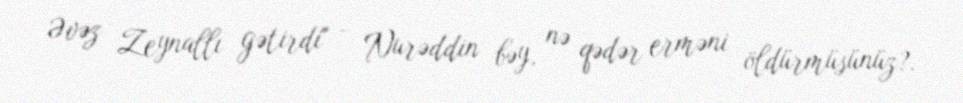
Əvəz Zeynallı gətirdi" - Nurəddin bəy, nə qədər erməni öldürmüsünüz?.